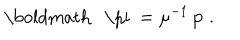
\mathrm { \boldmath ~ \ p i ~ } = \mu ^ { - 1 } \, { \bf p } \; .